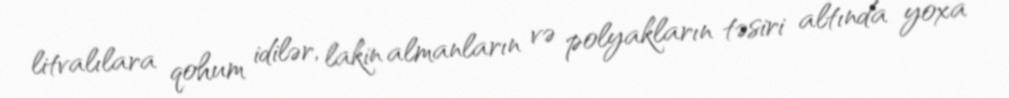
litvalılara qohum idilər, lakin almanların və polyakların təsiri altında yoxa